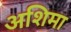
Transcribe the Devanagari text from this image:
अशिमा